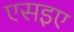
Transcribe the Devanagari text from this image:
एसइए